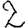
Digit: 2